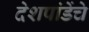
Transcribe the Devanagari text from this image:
देशपांडेंचे